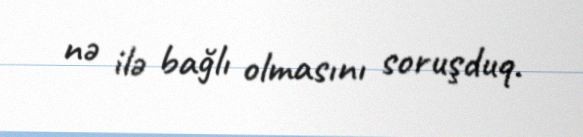
nə ilə bağlı olmasını soruşduq.